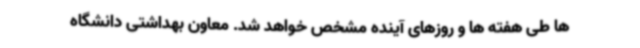
ها طی هفته ها و روزهای آینده مشخص خواهد شد. معاون بهداشتی دانشگاه